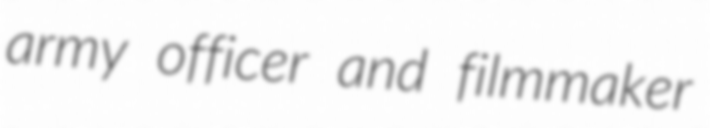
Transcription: army officer and filmmaker